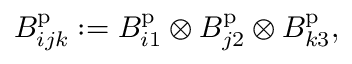
B _ { i j k } ^ { \mathrm { p } } : = B _ { i 1 } ^ { \mathrm { p } } \otimes B _ { j 2 } ^ { \mathrm { p } } \otimes B _ { k 3 } ^ { \mathrm { p } } ,